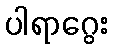
ပါရာဂွေး